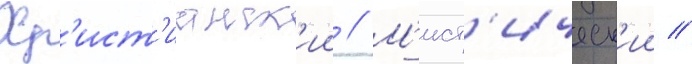
Хр'ист'ианск'ии // М'ист'ическ'ии //